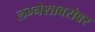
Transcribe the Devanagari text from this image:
लग्नेशाबरोबर